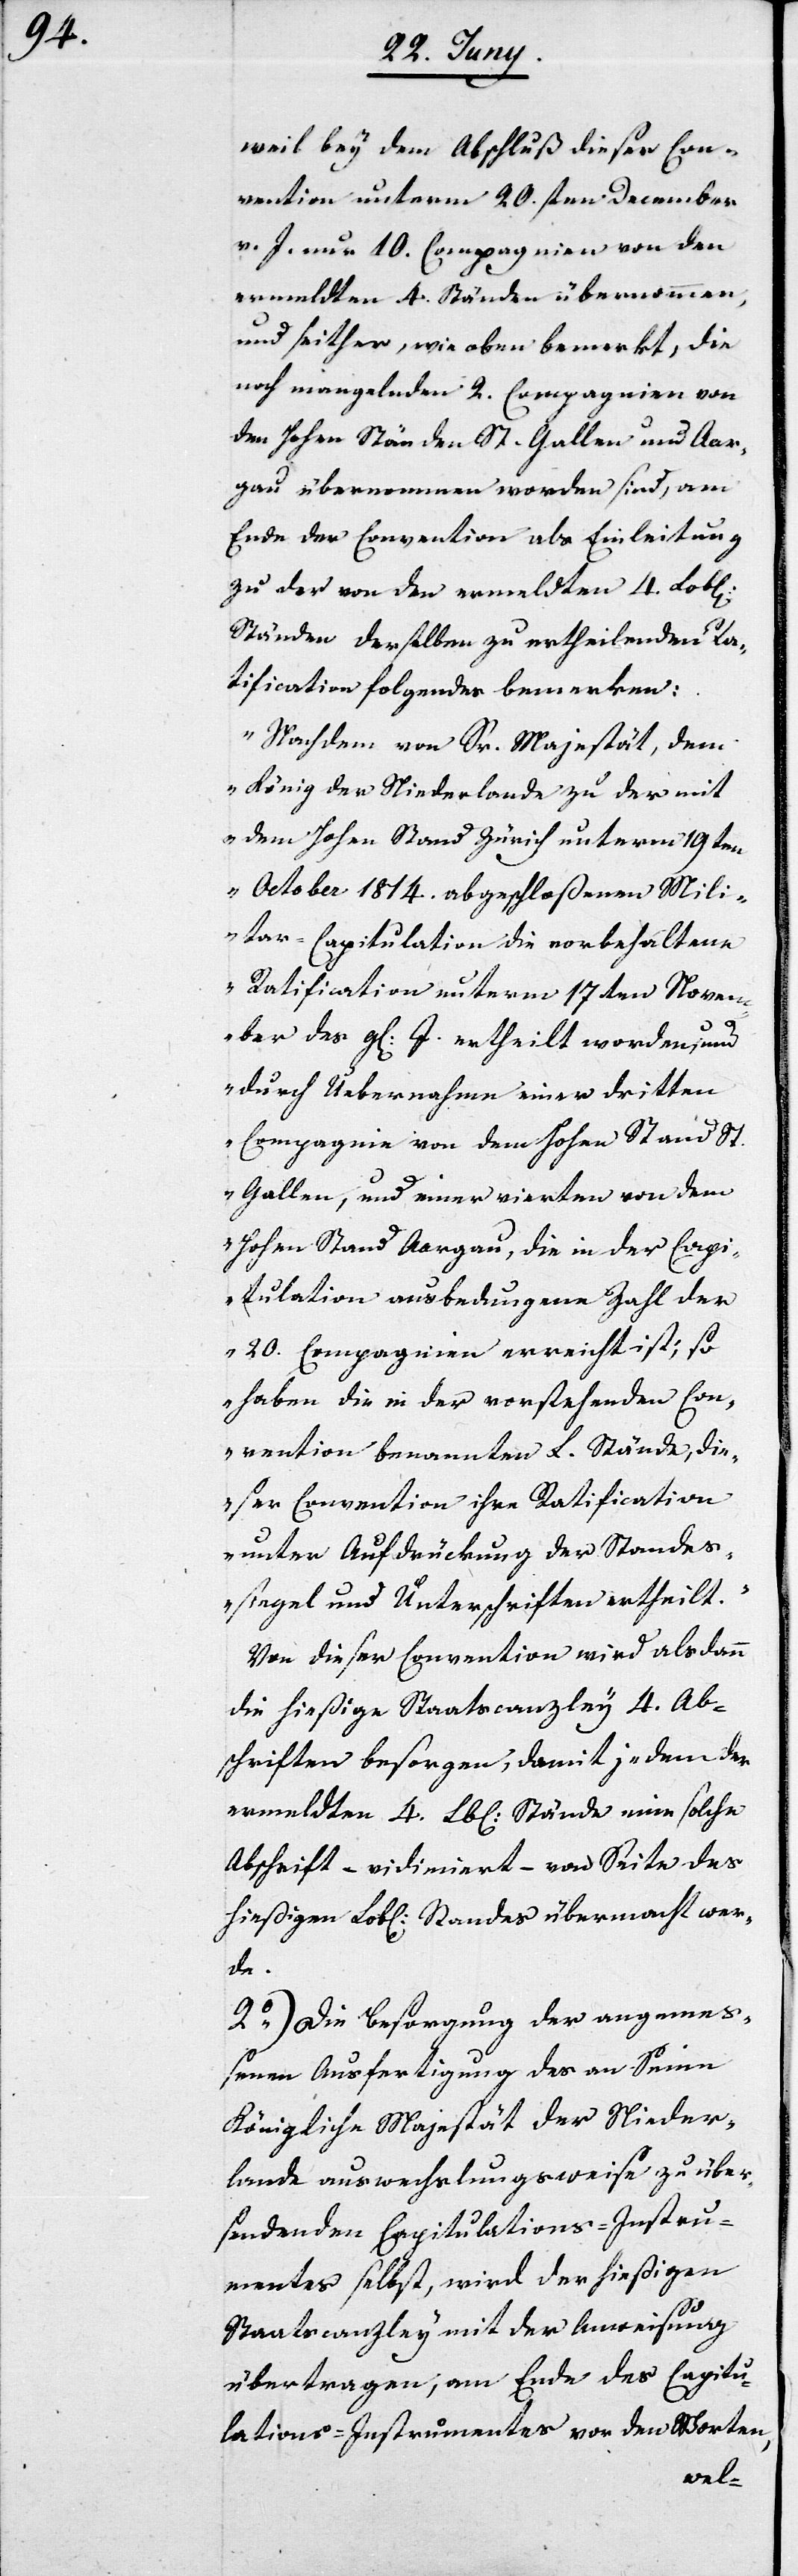
weil bey dem Abschluß dieser Con¬
vention unterm 20.sten December
v. J. nur 10. Compagnien von den
ermeldten 4. Ständen übernommen
und seither, wie oben bemerkt, die
noch mangelnden 2. Compagnien von
den Hohen Ständen St. Gallen und Aar¬
gau übernommen worden sind, am
Ende der Convention als Einleitung
zu der von den ermeldten 4. Lob[li¬
Ständen derselben zu ertheilenden Ra¬
tification folgendes bemerken:
„Nachdem von Sr. Majestät, dem
König der Niederlande zu der mit
dem Hohen Stand Zürich unterm 19ten
October 1814. abgeschloßenen Mili¬
tar-Capitulation die vorbehaltene
Ratification unterm 17ten Novem¬
ber des gl[eichen] J. ertheilt worden, und
durch Übernahme einer dritten
Compagnie von dem Hohen Stand St.
Gallen, und einer vierten von dem
Hohen Stand Aargau, die in der Capi¬
tulation ausbedungene Zahl der
20. Compagnien erreicht ist; so
haben die in der vorstehenden Con¬
vention benannten L. Stände, die¬
ser Convention ihre Ratification
unter Aufdrückung der Standes¬
siegel und Unterschriften ertheilt.“
Von dieser Convention wird alsdann
die hießige Staatscanzley 4. Ab¬
schriften besorgen, damit jedem der
ermeldten 4. Lob[lichen] Stände eine solche
Abschrift – vidimiert – von Seite des
hießigen Lob[lichen] Standes übermacht wer¬
de.
2o) Die Besorgung der angemeß¬
enen Ausfertigung des an Seine
Königliche Majestät der Nieder¬
lande auswechslungsweise zu über¬
sendenden Capitulations-Instru¬
mentes selbst, wird der hießigen
Staatscanzley mit der Anweisung
übertragen, am Ende des Capitua¬
ltions-Instumentes von den Worten,